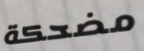
مضحكة